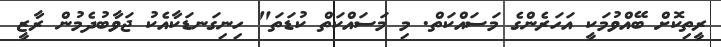
ރީތިކޮށް ބޭއްވުމަކީ އަހަރެންގެ މަސައްކަތް. މި މަސައްކަތް ކުޑަތަ" ހިނިގަނޑަކާއެކު ޖަވާބުދެމުން ރާޒީ